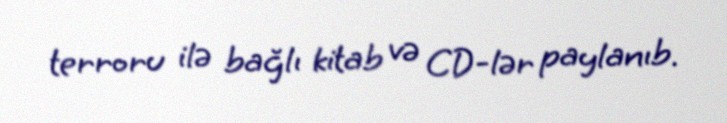
terroru ilə bağlı kitab və CD-lər paylanıb.